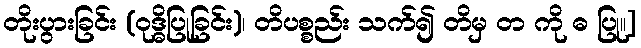
တိုးပွားခြင်း (ဝုဒ္ဓိပြုခြင်း)၊ တိပစ္စည်း သက်၍ တိမှ တ ကို ဓ ပြု၊၊]